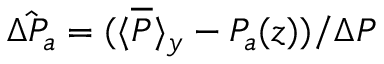
\hat { \Delta P _ { a } } = ( \langle \overline { { P } } \rangle _ { y } - P _ { a } ( z ) ) / \Delta P